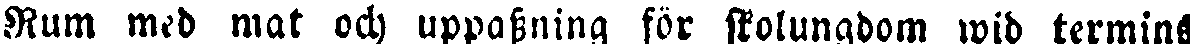
Rum med mat och uppassning för stolungdom wid termins